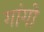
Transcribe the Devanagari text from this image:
गांगो